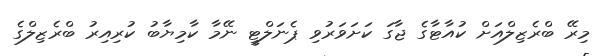
މިރޭ ބްރެޒިލްއަށް ކުއާޓާގެ ޖާގަ ކަށަވަރުވި ޕެނަލްޓީ ނޭމާ ކާމިޔާބު ކުރިއިރު ބްރެޒިލްގެ